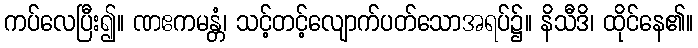
ကပ်လေပြီး၍။ ဏဧကမန္တံ၊ သင့်တင့်လျောက်ပတ်သောအရပ်၌။ နိသီဒိ၊ ထိုင်နေ၏။